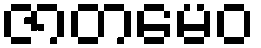
ဇာတမေဝ